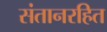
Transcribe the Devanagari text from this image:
संतानरहित